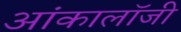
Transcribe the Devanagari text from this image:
आंकालॉजी